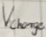
Text: Vcharge